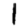
Digit: 1